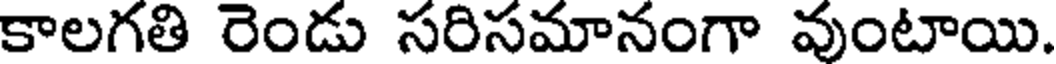
కాలగతి రెండు సరిసమానంగా వుంటాయి.